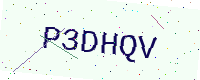
Text: P3DHQV